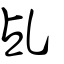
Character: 乩